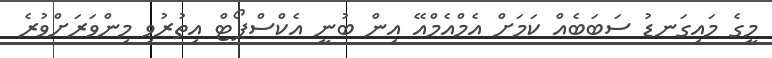
މީގެ މައިގަނޑު ސަބަބެއް ކަމަށް އެމްއެމްއޭ އިން ބުނީ އެކްސްޕޯޓް އިތުރުވި މިންވަރަށްވުރެ